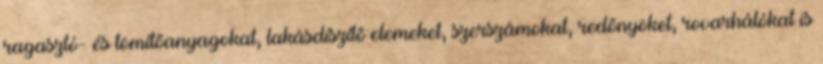
ragasztó- és tömítőanyagokat, lakásdíszítő elemeket, szerszámokat, redőnyöket, rovarhálókat is